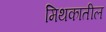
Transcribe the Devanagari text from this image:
मिथकातील